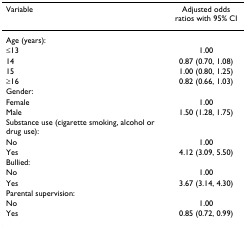
<table><thead><tr><td><b>Variable</b></td><td><b>Adjusted odds ratios with 95% CI</b></td></tr></thead><tbody><tr><td>Age (years):</td><td></td></tr><tr><td>≤13</td><td>1.00</td></tr><tr><td>14</td><td>0.87 (0.70, 1.08)</td></tr><tr><td>15</td><td>1.00 (0.80, 1.25)</td></tr><tr><td>≥16</td><td>0.82 (0.66, 1.03)</td></tr><tr><td>Gender:</td><td></td></tr><tr><td>Female</td><td>1.00</td></tr><tr><td>Male</td><td>1.50 (1.28, 1.75)</td></tr><tr><td>Substance use (cigarette smoking, alcohol or drug use):</td><td></td></tr><tr><td>No</td><td>1.00</td></tr><tr><td>Yes</td><td>4.12 (3.09, 5.50)</td></tr><tr><td>Bullied:</td><td></td></tr><tr><td>No</td><td>1.00</td></tr><tr><td>Yes</td><td>3.67 (3.14, 4.30)</td></tr><tr><td>Parental supervision:</td><td></td></tr><tr><td>No</td><td>1.00</td></tr><tr><td>Yes</td><td>0.85 (0.72, 0.99)</td></tr></tbody></table>